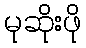
မုဆိုးဖို